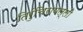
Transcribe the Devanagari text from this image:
तिरुंचिरापल्ली